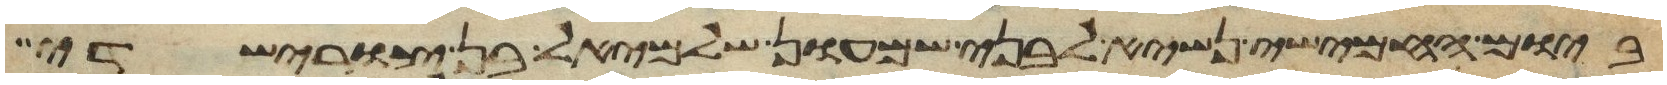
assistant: ביום החמישי נשיא לבני שמעון שלמיאל בן צורישדי